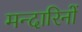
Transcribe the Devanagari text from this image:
मन्दारिनों